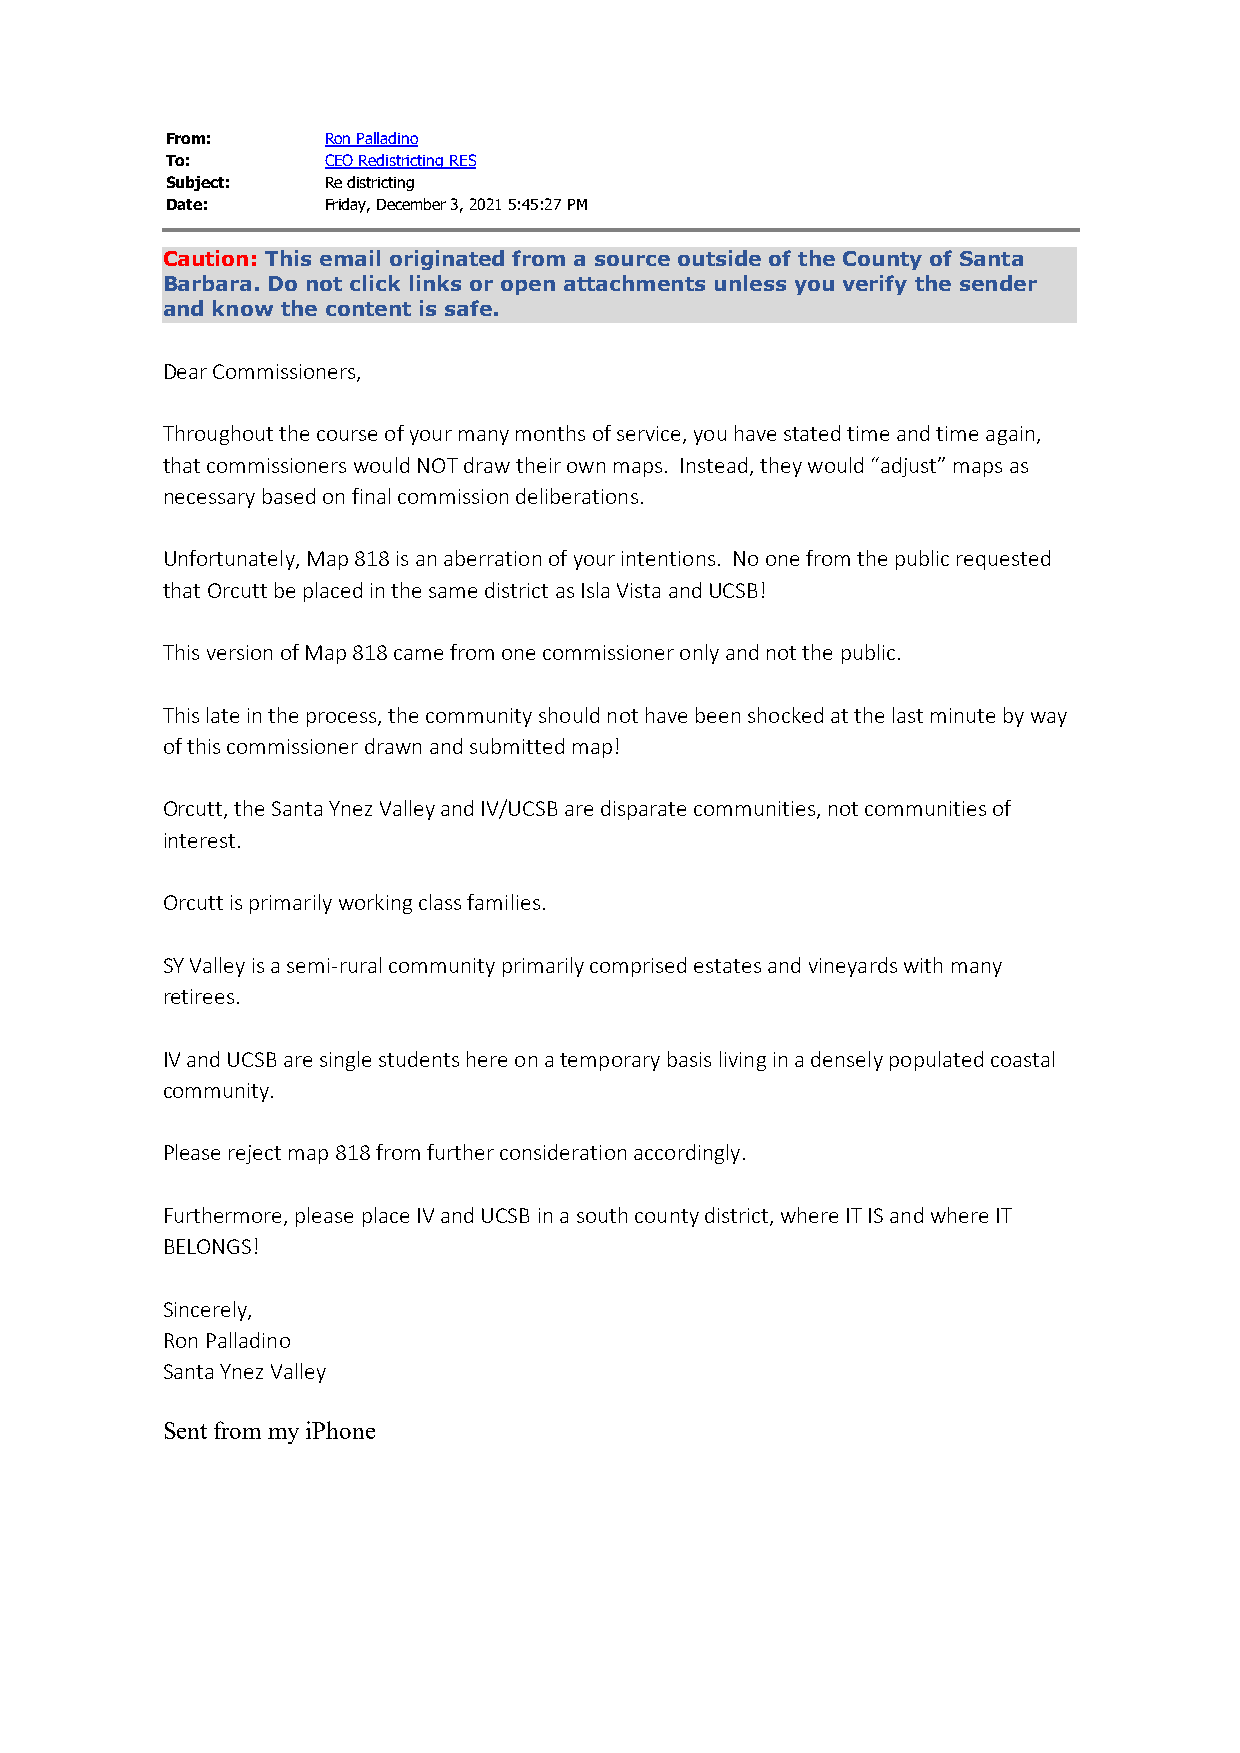
From:      Ron Palladino
 To:        CEO Redistricting RES
 Subject:   Re districting
 Date:      Friday, December 3, 2021 5:45:27 PM
 Caution: This email originated from a source outside of the County of Santa
 Barbara. Do not click links or open attachments unless you verify the sender
 and know the content is safe.
 Dear Commissioners,
 Throughout the course of your many months of service, you have stated time and time again,
 that commissioners would NOT draw their own maps. Instead, they would “adjust” maps as
 necessary based on final commission deliberations.
 Unfortunately, Map 818 is an aberration of your intentions. No one from the public requested
 that Orcutt be placed in the same district as Isla Vista and UCSB!
 This version of Map 818 came from one commissioner only and not the public.
 This late in the process, the community should not have been shocked at the last minute by way
 of this commissioner drawn and submitted map!
 Orcutt, the Santa Ynez Valley and IV/UCSB are disparate communities, not communities of
 interest.
 Orcutt is primarily working class families.
 SY Valley is a semi-rural community primarily comprised estates and vineyards with many
 retirees.
 IV and UCSB are single students here on a temporary basis living in a densely populated coastal
 community.
 Please reject map 818 from further consideration accordingly.
 Furthermore, please place IV and UCSB in a south county district, where IT IS and where IT
 BELONGS!
 Sincerely,
 Ron Palladino
 Santa Ynez Valley
 Sent from my iPhone